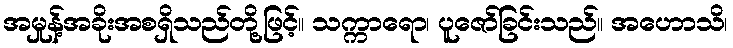
အမှုန့်အခိုးအစရှိသည်တို့ဖြင့်။ သက္ကာရော၊ ပူဇော်ခြင်းသည်။ အဟောသိ၊